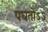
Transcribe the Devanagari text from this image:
पघतोऽऽ